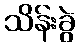
သိန်းခွဲ